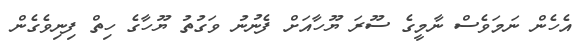
އެހެން ނަމަވެސް ނާމީގެ ސޫރަ ޔޫހާއަށް ފެނުނު ވަގުތު ޔޫހާގެ ހިތް ފިނިވެގެން